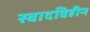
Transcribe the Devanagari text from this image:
स्वादविहीन